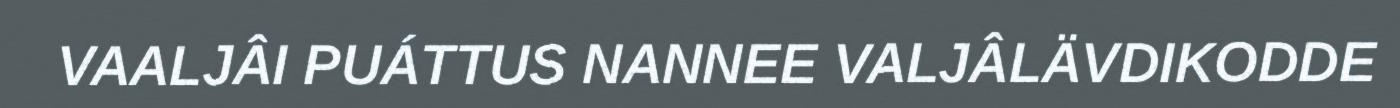
VAALJÂI PUÁTTUS NANNEE VALJÂLÄVDIKODDE